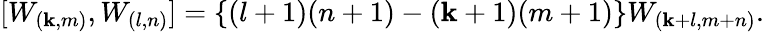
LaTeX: [W_{(\mathbf{k},m)},W_{(l,n)}]=\{ (l+1)(n+1)-(\mathbf{k}+1)(m+1)\} W_{(\mathbf{k}+l,m+n)}.